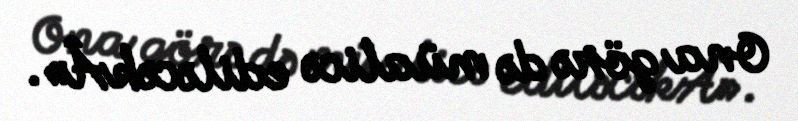
Ona görə də müalicə ediləcəkÂ».